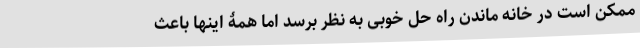
ممکن است در خانه ماندن راه حل خوبی به نظر برسد اما همۀ اینها باعث